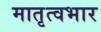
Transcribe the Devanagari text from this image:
मातृत्वभार